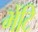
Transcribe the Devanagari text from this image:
भेंटि